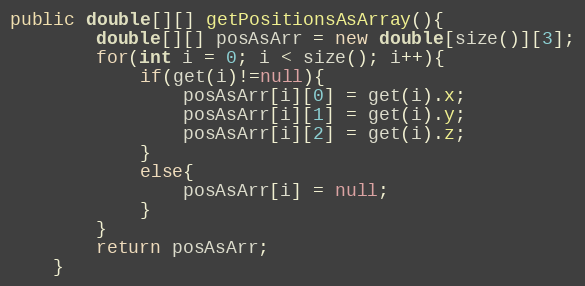
Language: Java
public double[][] getPositionsAsArray(){
		double[][] posAsArr = new double[size()][3];
		for(int i = 0; i < size(); i++){
			if(get(i)!=null){
				posAsArr[i][0] = get(i).x;
				posAsArr[i][1] = get(i).y;
				posAsArr[i][2] = get(i).z;
			}
			else{
				posAsArr[i] = null;
			}
		}
		return posAsArr;
	}